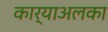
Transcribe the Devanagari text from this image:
कार्याअलका